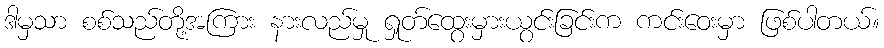
ဒါမှသာ စစ်သည်တို့အကြား နားလည်မှု ရှုတ်ထွေးမှားယွင်းခြင်းက ကင်းဝေးမှာ ဖြစ်ပါတယ်။